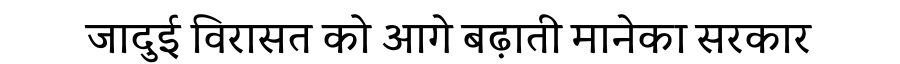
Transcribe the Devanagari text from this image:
जादुई विरासत को आगे बढ़ाती मानेका सरकार